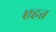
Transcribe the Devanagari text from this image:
एहत